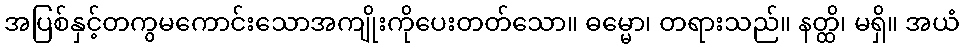
အပြစ်နှင့်တကွမကောင်းသောအကျိုးကိုပေးတတ်သော။ ဓမ္မော၊ တရားသည်။ နတ္ထိ၊ မရှိ။ အယံ